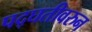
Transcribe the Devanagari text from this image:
पद्घतीवरुन